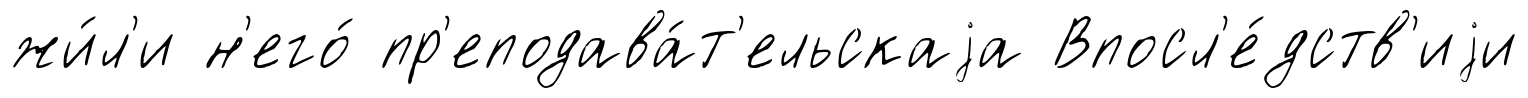
жи́л'и н'его́ пр'еподава́т'ельскаjа Впосл'е́дств'иjи